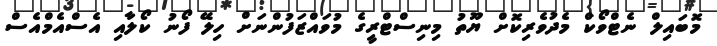
މޮބައިލް ނެޓްވޯކް މެދުވެރިކޮށް ޔޫތު މިނިސްޓްރީގެ މުވައްޒަފުންނަށް ހިލޭ ފޯނު ކޯލާއި އެސްއެމްއެސް